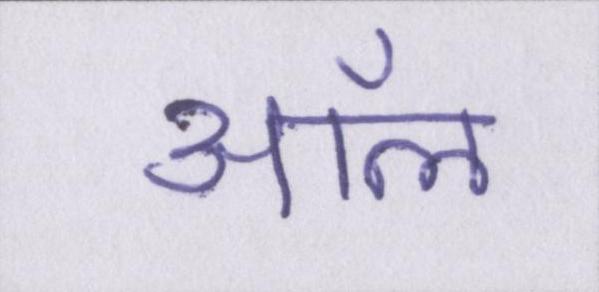
ऑल